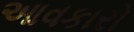
આવકારો